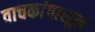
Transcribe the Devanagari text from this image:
वाचकांपासून